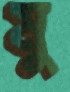
মু